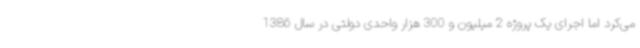
می‌کرد اما اجرای یک پروژه 2 میلیون و 300 هزار واحدی دولتی در سال 1386